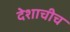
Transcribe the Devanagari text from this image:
देशाचीच